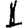
Digit: 1